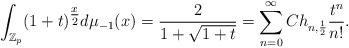
LaTeX: \begin{align*}\int_{\mathbb{Z}_p} (1+t)^{\tfrac{x}{2}} d\mu_{-1} (x) = \frac{2}{1+\sqrt{1+t}} = \sum_{n=0}^\infty Ch_{n,\frac{1}{2}} \frac{t^n}{n!}.\end{align*}